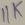
Text: 11K